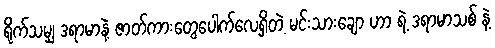
ရိုက်သမျှ ဒရာမာနဲ့ ဇာတ်ကားတွေပေါက်လေ့ရှိတဲ့ မင်းသားချော ဟာ ရဲ့ ဒရာမာသစ် နဲ့